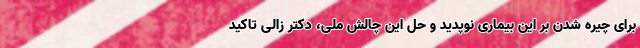
برای چیره شدن بر این بیماری نوپدید و حل این چالش ملی، دکتر زالی تاکید